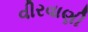
વીરવાણી